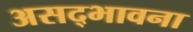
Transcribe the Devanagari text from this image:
असद्‍भावना